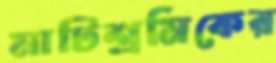
মাটিশ্রমিকের